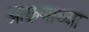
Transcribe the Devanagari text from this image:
आक्रणाच्या